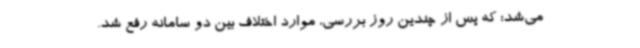
می‌شد؛ که پس از چندین روز بررسی، موارد اختلاف بین دو سامانه رفع شد.